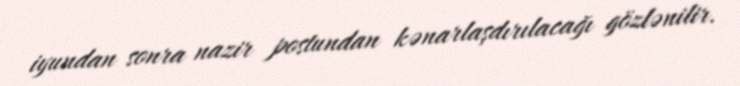
iyundan sonra nazir postundan kənarlaşdırılacağı gözlənilir.